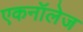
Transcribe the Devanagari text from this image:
एकनॉलेज